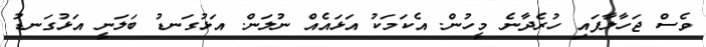
ވެސް ޖަހާލާފައި ހުރެދާނެ މީހުން. އެކަމަކު އަޅައެއް ނުލަން. އަޅުގަނޑު ބަލަނީ އަޅުގަނޑު